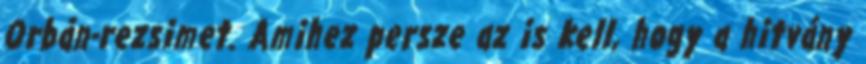
Orbán-rezsimet. Amihez persze az is kell, hogy a hitvány